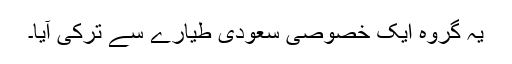
یہ گروہ ایک خصوصی سعودی طیارے سے ترکی آیا۔